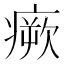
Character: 瘚